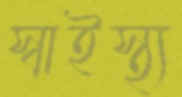
স্বাইস্থ্য